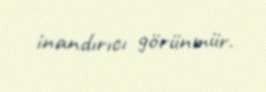
inandırıcı görünmür.